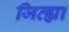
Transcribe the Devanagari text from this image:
जिव्ह्या